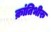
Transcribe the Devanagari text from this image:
क्रांतिभीरु